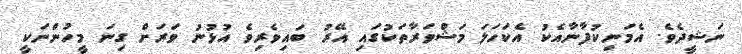
ނަޝީދެވެ. އެމަނިކުފާނާއެކު އެކަހަލަ މަޝްވަރާތަކުގައި އޭރު ބައިވެރިވެ އުޅުނު ވަރަށް ގިނަ މީހުންނަކީ